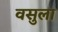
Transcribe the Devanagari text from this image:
वसुला